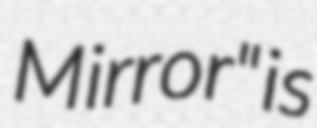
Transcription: Mirror" is